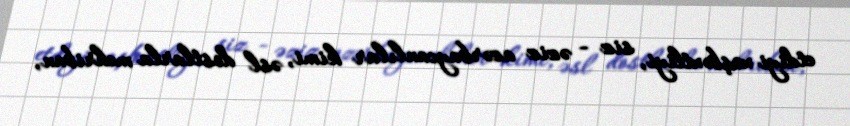
etdiyi xoşbəxtliyi, siz - əziz azərbaycanlılar kimi, əsl dostlarla mehriban,